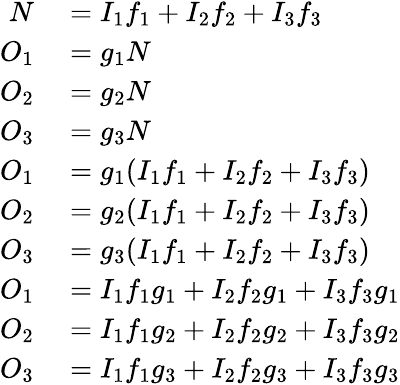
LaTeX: \begin{array}{rl}{N}&{{}=I_{\mathrm{1}}f_{\mathrm{1}}+I_{\mathrm{2}}f_{\mathrm{2}}+I_{\mathrm{3}}f_{\mathrm{3}}}\\ {O_{\mathrm{1}}}&{{}=g_{\mathrm{1}}N}\\ {O_{\mathrm{2}}}&{{}=g_{\mathrm{2}}N}\\ {O_{\mathrm{3}}}&{{}=g_{\mathrm{3}}N}\\ {O_{\mathrm{1}}}&{{}=g_{\mathrm{1}}(I_{\mathrm{1}}f_{\mathrm{1}}+I_{\mathrm{2}}f_{\mathrm{2}}+I_{\mathrm{3}}f_{\mathrm{3}})}\\ {O_{\mathrm{2}}}&{{}=g_{\mathrm{2}}(I_{\mathrm{1}}f_{\mathrm{1}}+I_{\mathrm{2}}f_{\mathrm{2}}+I_{\mathrm{3}}f_{\mathrm{3}})}\\ {O_{\mathrm{3}}}&{{}=g_{\mathrm{3}}(I_{\mathrm{1}}f_{\mathrm{1}}+I_{\mathrm{2}}f_{\mathrm{2}}+I_{\mathrm{3}}f_{\mathrm{3}})}\\ {O_{\mathrm{1}}}&{{}=I_{\mathrm{1}}f_{\mathrm{1}}g_{\mathrm{1}}+I_{\mathrm{2}}f_{\mathrm{2}}g_{\mathrm{1}}+I_{\mathrm{3}}f_{\mathrm{3}}g_{\mathrm{1}}}\\ {O_{\mathrm{2}}}&{{}=I_{\mathrm{1}}f_{\mathrm{1}}g_{\mathrm{2}}+I_{\mathrm{2}}f_{\mathrm{2}}g_{\mathrm{2}}+I_{\mathrm{3}}f_{\mathrm{3}}g_{\mathrm{2}}}\\ {O_{\mathrm{3}}}&{{}=I_{\mathrm{1}}f_{\mathrm{1}}g_{\mathrm{3}}+I_{\mathrm{2}}f_{\mathrm{2}}g_{\mathrm{3}}+I_{\mathrm{3}}f_{\mathrm{3}}g_{\mathrm{3}}}\end{array}